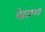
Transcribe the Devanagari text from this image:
बेहताशा